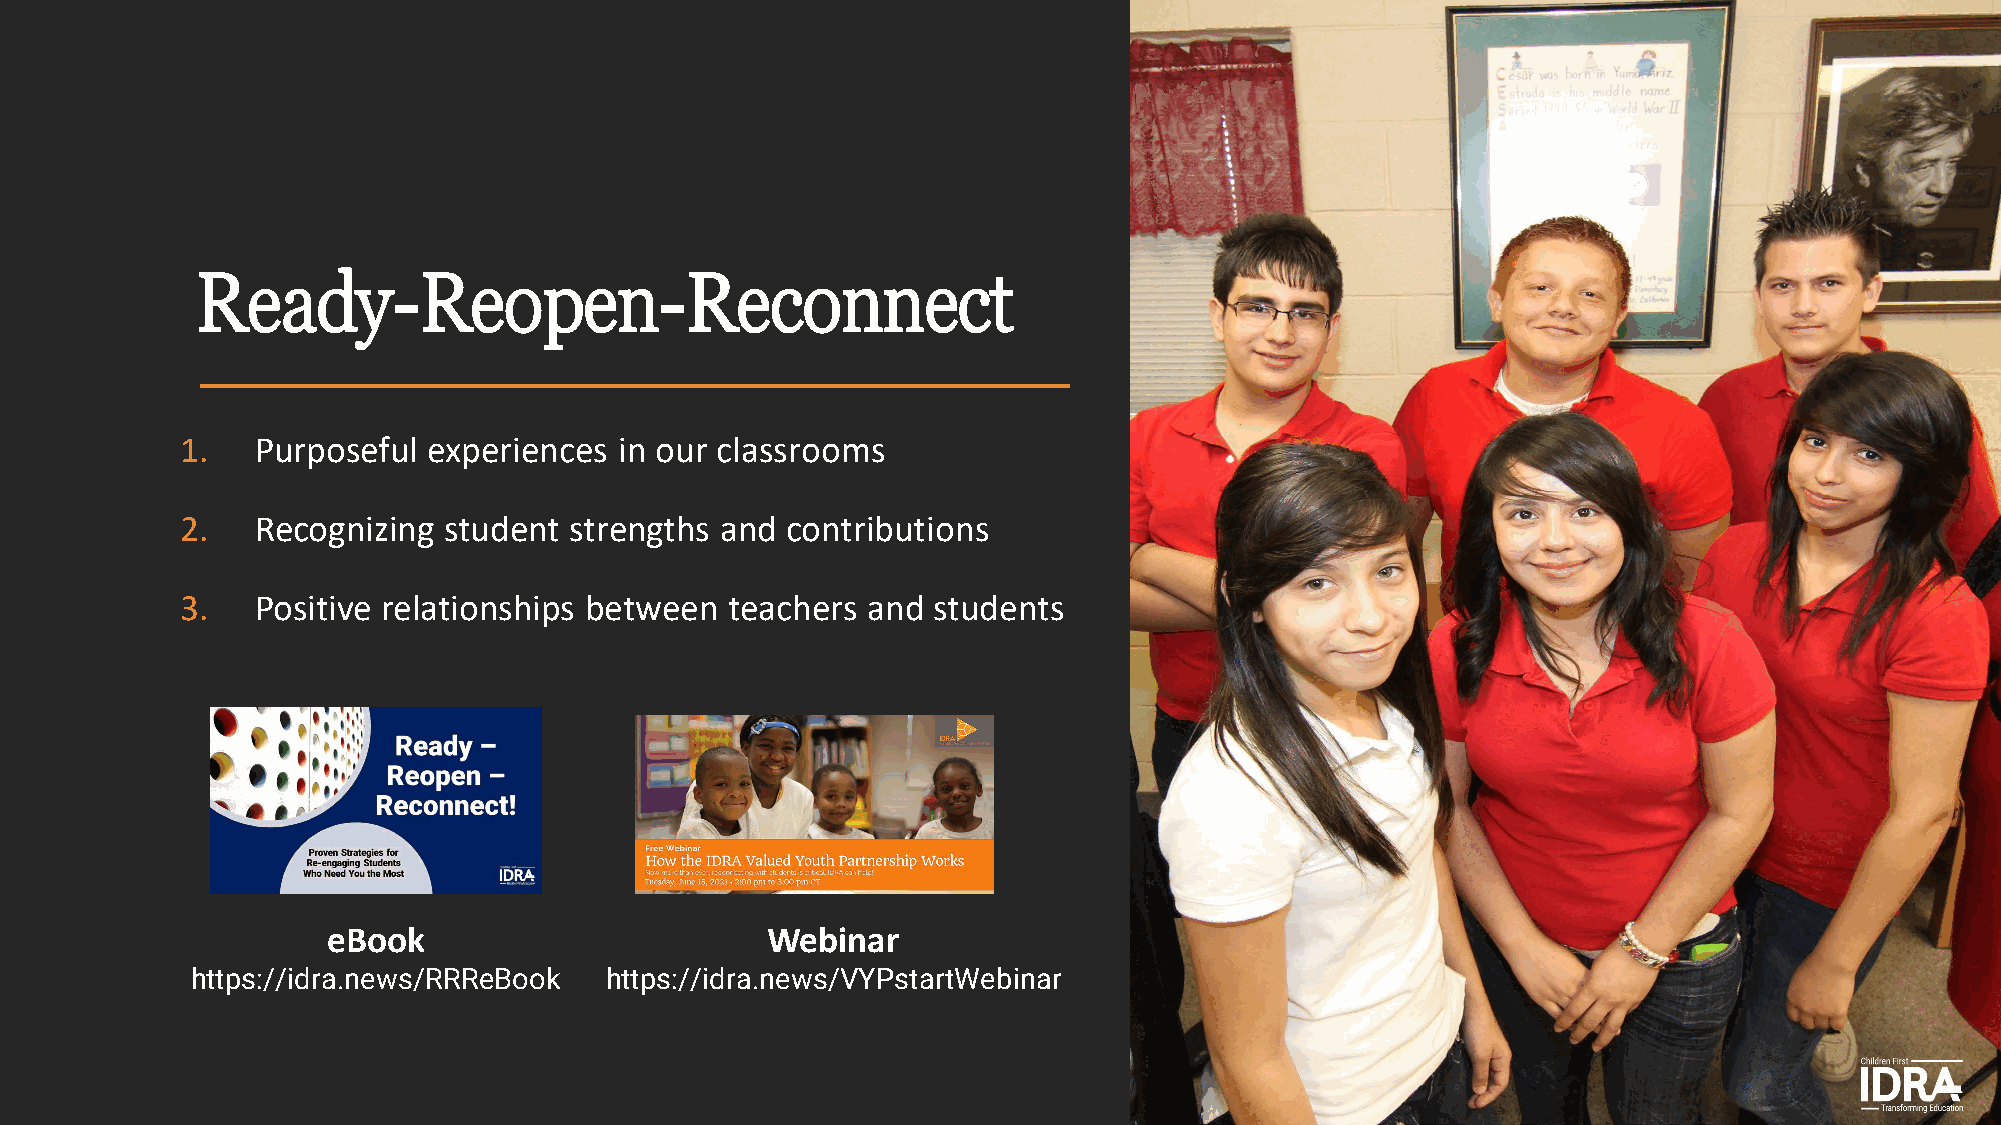
Ready-Reopen-Reconnect
 1.   Purposeful experiences  in our classrooms
 2.   Recognizing student  strengths and contributions
 3.   Positive relationships between teachers and  students
 eBook                        Webinar
 https://idra.news/RRReBook https://idra.news/VYPstartWebinar